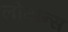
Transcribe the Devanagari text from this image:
लोगान्स